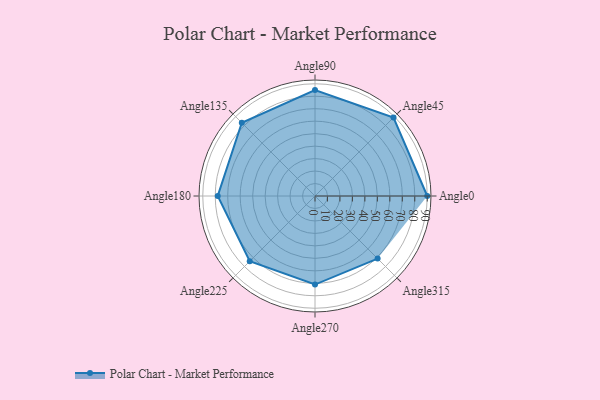
{"axis": {"x": "Angle", "y": "Radius"}, "legend": [""], "data": [{"x": "Angle0", "y": 90.0, "type": ""}, {"x": "Angle45", "y": 89.0, "type": ""}, {"x": "Angle90", "y": 85.0, "type": ""}, {"x": "Angle135", "y": 83.0, "type": ""}, {"x": "Angle180", "y": 78.0, "type": ""}, {"x": "Angle225", "y": 74.0, "type": ""}, {"x": "Angle270", "y": 71.0, "type": ""}, {"x": "Angle315", "y": 71.0, "type": ""}]}